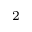
^ { 2 }